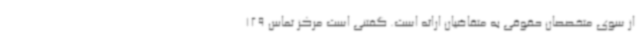
از سوی متخصصان حقوقی به متقاضیان ارائه است. گفتنی است مرکز تماس 129